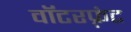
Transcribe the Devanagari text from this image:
वॉटरफ़्रंट